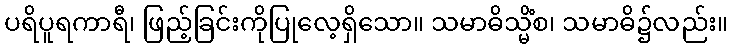
ပရိပူရကာရီ၊ ဖြည့်ခြင်းကိုပြုလေ့ရှိသော။ သမာဓိသ္မိံစ၊ သမာဓိ၌လည်း။